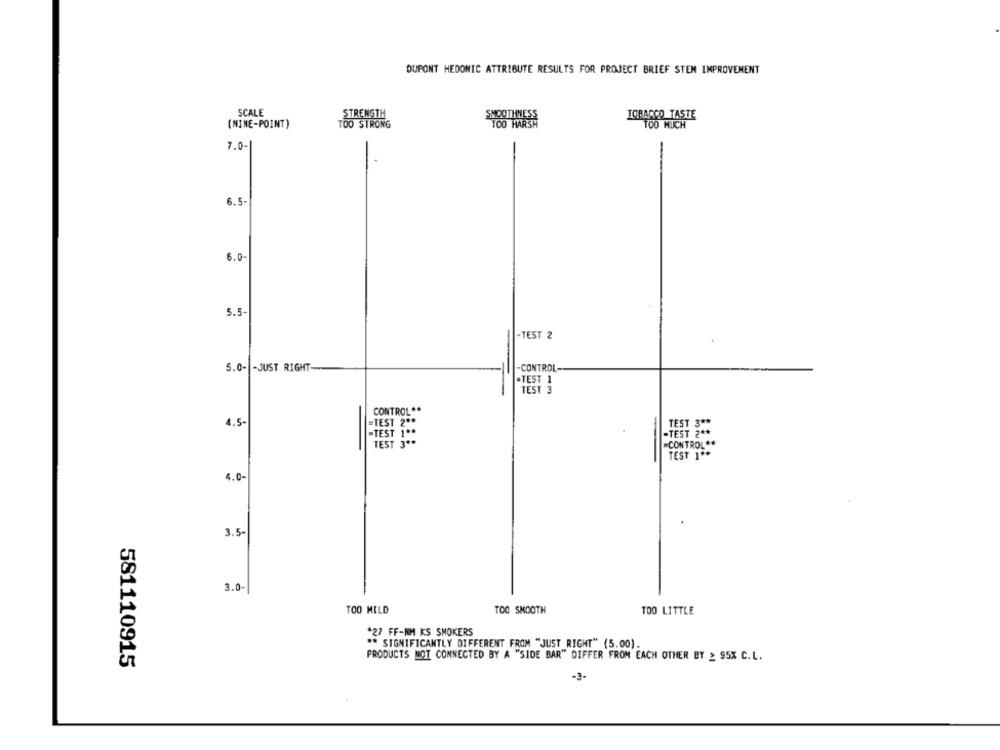
DUPONT HEDONIC ATTRIBUTE RESULTS FOR PROJECT BRIEF STEN IMPROVEMENT
SCALE
STRENGTH
TOBACCO TASTE
(NINE-POINT)
TOO STRONG
TOO MUCH
7.0-
6.5-
8.0-
5.5-
-TEST 2
5.0- - JUST RIGHT-
-CONTROL-
"TEST 1
TEST 3
CONTROL **
=TEST 2 **
4.5-
TEST 3 **
-TEST 1 **
-TEST 2 **
TEST 3 **
-CONTROL **
TEST 1 **
4.0-
3.5-
3.0-
TOO MILD
TOO SMOOTH
TOO LITTLE
*27 FF-NH KS SMOKERS
** SIGNIFICANTLY DIFFERENT FROM "JUST RIGHT" (5.00)
PRODUCTS NOT CONNECTED BY A "SIDE BAR" DIFFER FROM EACH OTHER BY ≥ 95% C.L.
581110915
-3-